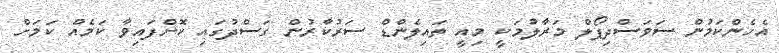
އެހެންކަމުން ސަވަސްދިޕޯލް މަރާލުމަކީ މިއީ ތައިލެންޑް ސަރުކާރުން ގަސްދުގައި ކޮށްފައިވާ ކަމެއް ކަމަށް